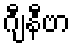
ဂျီနီဗာ